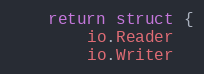
Language: Go
	return struct {
		io.Reader
		io.Writer